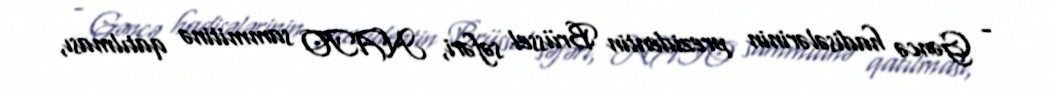
- Gəncə hadisələrinin prezidentin Brüssel səfəri, NATO sammitinə qatılması,